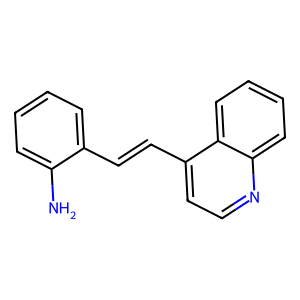
SMILES: Nc1ccccc1C=Cc1ccnc2ccccc12
Inhibits HIV replication: No